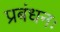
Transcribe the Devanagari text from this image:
प्रबंधनः